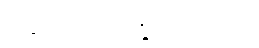
ချေဖျက်လာနိုင်ပါတယ်။